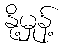
နို့မှုန့်